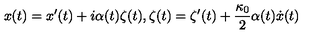
x ( t ) = x ^ { \prime } ( t ) + i \alpha ( t ) \zeta ( t ) , \zeta ( t ) = \zeta ^ { \prime } ( t ) + \frac { \kappa _ { 0 } } { 2 } \alpha ( t ) \dot { x } ( t )